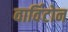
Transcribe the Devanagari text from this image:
वार्विटोन